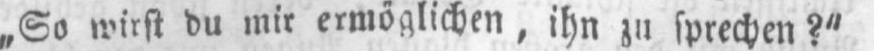
„So wirst du mir ermöglichen, ihn zu sprechen?“